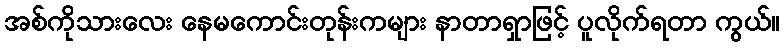
အစ်ကိုသားလေး နေမကောင်းတုန်းကများ နာတာရှာဖြင့် ပူလိုက်ရတာ ကွယ်။